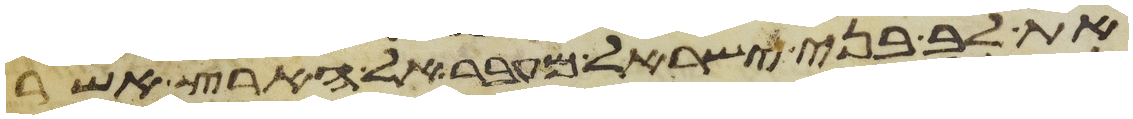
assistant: את לב בני ישראל מעבר אל הארץ אשר